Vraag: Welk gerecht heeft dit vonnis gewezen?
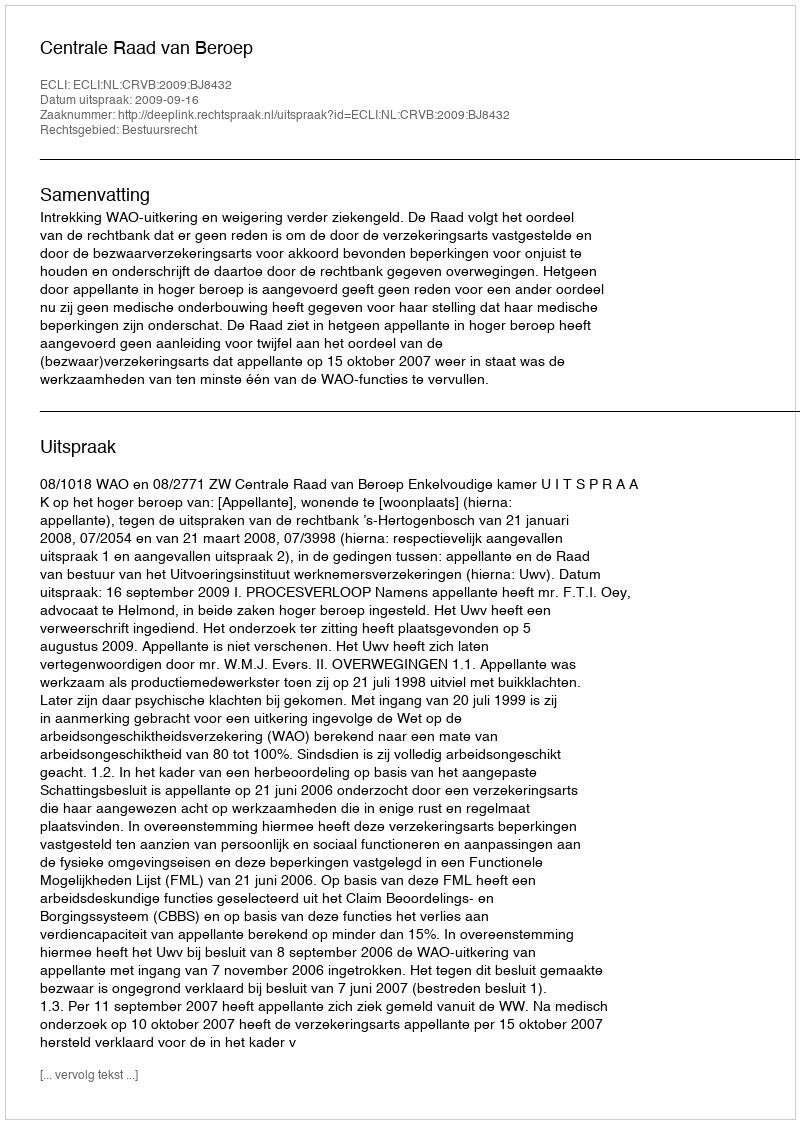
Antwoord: Centrale Raad van Beroep